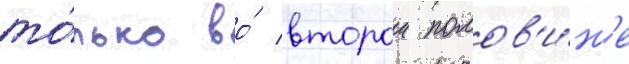
то́лько во́ второи полов'и́н'е